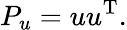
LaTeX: P_{u}=uu^{\mathrm{T}}.